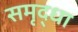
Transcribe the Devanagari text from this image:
समृद्धा